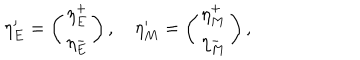
\eta _ { E } ^ { \prime } = \left( \begin{array} { c } { { \eta _ { E } ^ { + } } } \\ { { \eta _ { E } ^ { - } } } \\ \end{array} \right) , \quad \eta _ { M } ^ { \prime } = \left( \begin{array} { c } { { \eta _ { M } ^ { + } } } \\ { { \eta _ { M } ^ { - } } } \\ \end{array} \right) ,